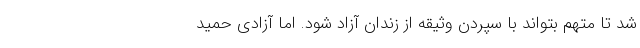
شد تا متهم بتواند با سپردن وثیقه از زندان آزاد شود. اما آزادی حمید